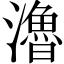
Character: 瀂